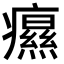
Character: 𤻗